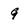
Character: 9